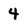
Character: 4